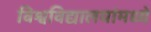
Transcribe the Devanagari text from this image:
विश्वविद्यालयांमध्ये